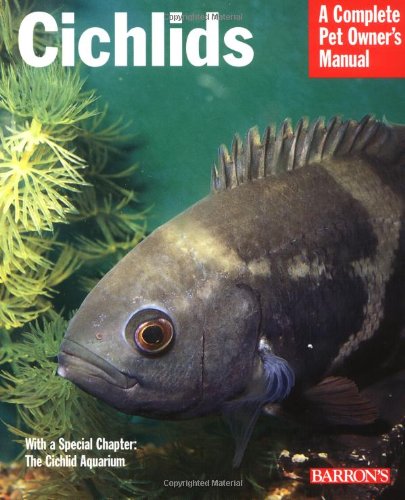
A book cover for Cichlids (Complete Pet Owner's Manual); George Zurlo; Crafts, Hobbies & Home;